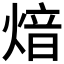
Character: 𤋾